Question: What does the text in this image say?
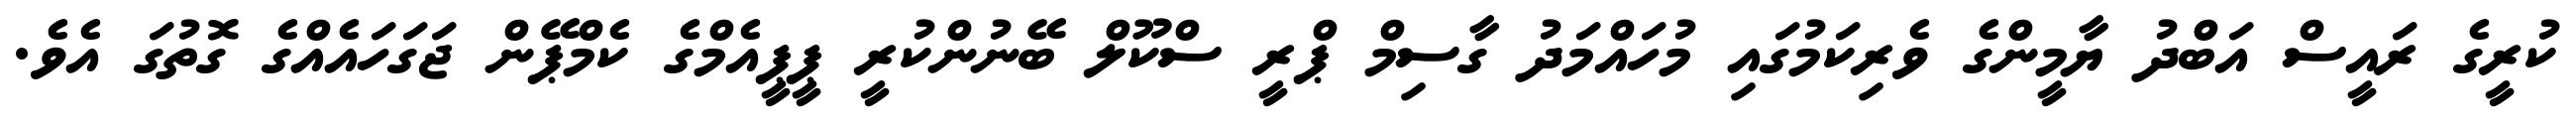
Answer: ކުރީގެ ރައީސް އަބްދު ޔާމީންގެ ވެރިކަމުގައި މުހައްމަދު ގާސިމް ޕްރީ ސްކޫލް ބޭނުންކުރީ ޕީޕީއެމްގެ ކެމްޕޭން ޖަގަހައެއްގެ ގޮތުގަ އެވެ.